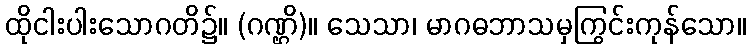
ထိုငါးပါးသောဂတိ၌။ (ဂဏ္ဌိ)။ သေသာ၊ မာဂဓဘာသမှကြွင်းကုန်သော။